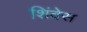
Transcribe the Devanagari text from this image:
शिंदेस